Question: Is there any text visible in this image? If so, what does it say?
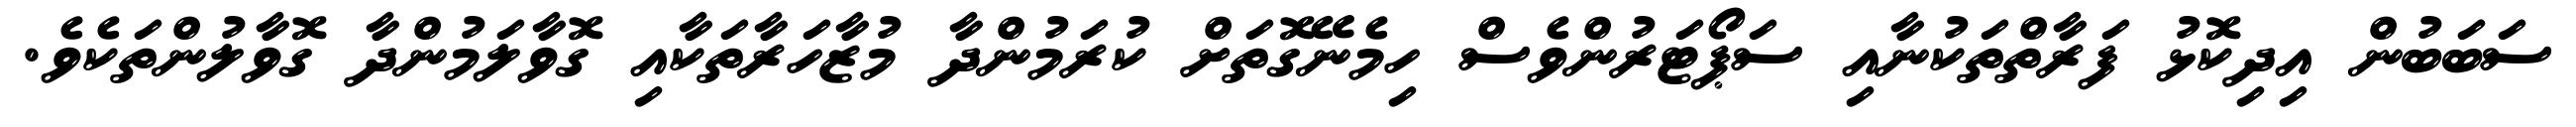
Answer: ސަބަބުން އިދިކޮޅު ފަރާތްތަކުނާއި ސަޕޯޓަރުންވެސް ހިމެނޭގޮތަށް ކުރަމުންދާ މުޒާހަރާތަކާއި ގޮވާލަމުންދާ ގޮވާލުންތަކެވެ.